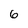
Character: 6